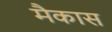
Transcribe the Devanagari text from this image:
मैकास